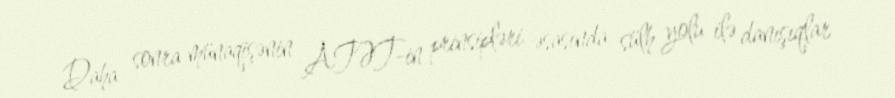
Daha sonra münaqişənin ATƏT-in prinsipləri əsasında sülh yolu ilə danışıqlar